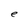
Character: e